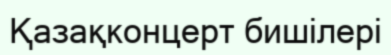
Қазақконцерт бишілері